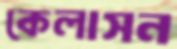
কেলাসন